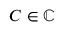
C \in \mathbb { C }